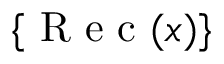
\{ \mathrm { ~ R ~ e ~ c ~ } ( x ) \}